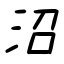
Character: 沼